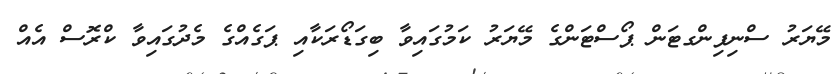
މޭޔަރު ސްނިފިންގޓަން ޕޯސްޓަންގެ މޭޔަރު ކަމުގައިވާ ބިގަޑޯރަކާއި ޕަގެއްގެ މެދުގައިވާ ކްރޮސް އެއް